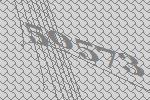
50573